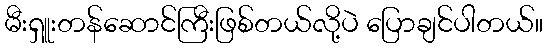
မီးရှူးတန်ဆောင်ကြီးဖြစ်တယ်လို့ပဲ ပြောချင်ပါတယ်။